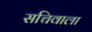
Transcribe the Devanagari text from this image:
सचिवाला